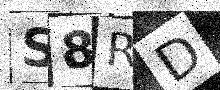
Text: S8RD